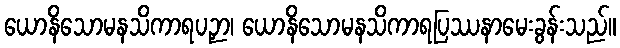
ယောနိသောမနသိကာရပဉှာ၊ ယောနိသောမနသိကာရပြဿနာမေးခွန်းသည်။